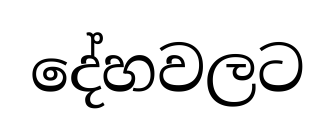
දේහවලට